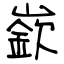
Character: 嶔